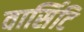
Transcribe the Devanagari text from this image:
वार्सिटि